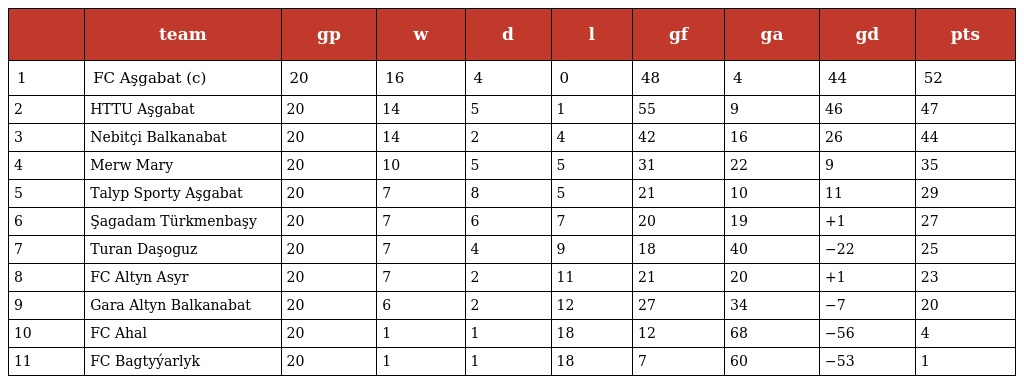
|  | team | gp | w | d | l | gf | ga | gd | pts |
 | --- | --- | --- | --- | --- | --- | --- | --- | --- | --- |
 | 1 | FC Aşgabat (c) | 20 | 16 | 4 | 0 | 48 | 4 | 44 | 52 |
 | 2 | HTTU Aşgabat | 20 | 14 | 5 | 1 | 55 | 9 | 46 | 47 |
 | 3 | Nebitçi Balkanabat | 20 | 14 | 2 | 4 | 42 | 16 | 26 | 44 |
 | 4 | Merw Mary | 20 | 10 | 5 | 5 | 31 | 22 | 9 | 35 |
 | 5 | Talyp Sporty Aşgabat | 20 | 7 | 8 | 5 | 21 | 10 | 11 | 29 |
 | 6 | Şagadam Türkmenbaşy | 20 | 7 | 6 | 7 | 20 | 19 | +1 | 27 |
 | 7 | Turan Daşoguz | 20 | 7 | 4 | 9 | 18 | 40 | −22 | 25 |
 | 8 | FC Altyn Asyr | 20 | 7 | 2 | 11 | 21 | 20 | +1 | 23 |
 | 9 | Gara Altyn Balkanabat | 20 | 6 | 2 | 12 | 27 | 34 | −7 | 20 |
 | 10 | FC Ahal | 20 | 1 | 1 | 18 | 12 | 68 | −56 | 4 |
 | 11 | FC Bagtyýarlyk | 20 | 1 | 1 | 18 | 7 | 60 | −53 | 1 |